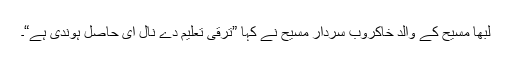
لبھا مسیح کے والد خاکروب سردار مسیح نے کہا ”ترقی تعلیم دے نال ای حاصل ہوندی ہے“۔